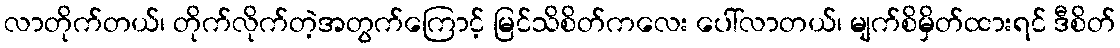
လာတိုက်တယ်၊ တိုက်လိုက်တဲ့အတွက်ကြောင့် မြင်သိစိတ်ကလေး ပေါ်လာတယ်၊ မျက်စိမှိတ်ထားရင် ဒီစိတ်